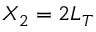
X _ { 2 } = 2 L _ { T }